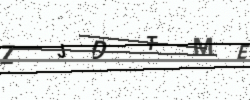
Text: ZJDTME